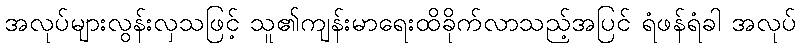
အလုပ်များလွန်းလှသဖြင့် သူ၏ကျန်းမာရေးထိခိုက်လာသည့်အပြင် ရံဖန်ရံခါ အလုပ်